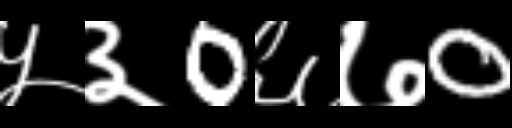
Text: ५३0६७0